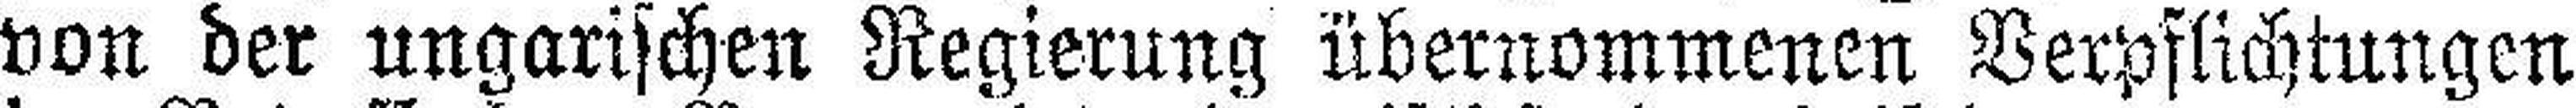
von der ungarischen Regierung übernommenen Verpflichtungen